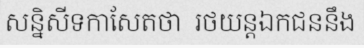
សន្និសីទកាសែតថា  រថយន្តឯកជននឹង